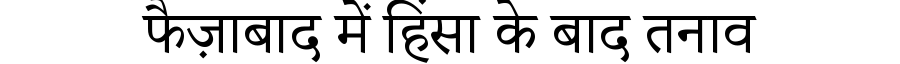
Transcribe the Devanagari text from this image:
फैज़ाबाद में हिंसा के बाद तनाव